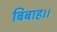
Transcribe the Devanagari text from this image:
बिबाह।।